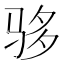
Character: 𬳾